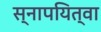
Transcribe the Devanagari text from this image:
स्नापयित्वा